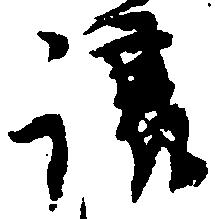
譲